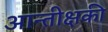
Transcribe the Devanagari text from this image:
आन्तीक्षकी